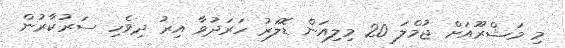
މި މަޝްރޫއަށް ޖުމްލަ 20 މިލިއަން ޑޮލަރު ހަރަދުވާ އިރު ދިވެހި ސަރުކާރުން